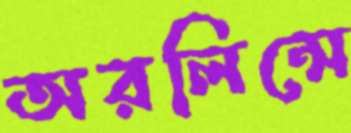
অরলিন্সে